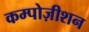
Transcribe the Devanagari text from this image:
कम्पोज़ीशन